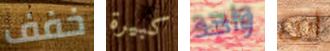
خفف كبيرة واحد أبرع